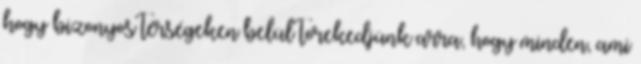
hogy bizonyos térségeken belül törekedjünk arra, hogy minden, ami